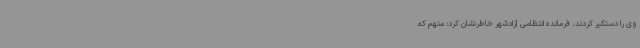
وی را دستگیر کردند. فرمانده انتظامی آزادشهر خاطرنشان کرد: متهم که